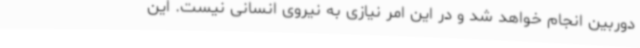
دوربین انجام خواهد شد و در این امر نیازی به نیروی انسانی نیست. این